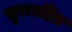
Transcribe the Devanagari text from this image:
सुरारहित